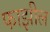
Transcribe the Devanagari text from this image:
फाझील